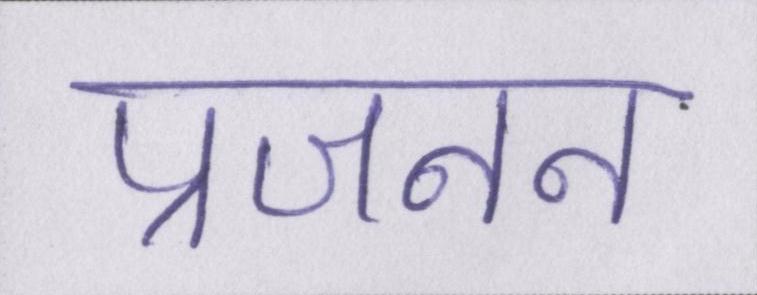
प्रजनन